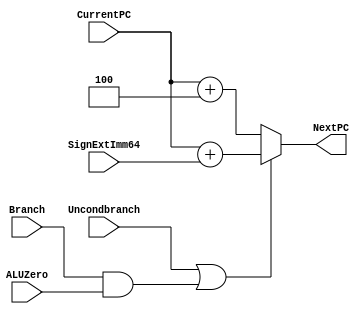
`timescale 1ns / 1ps

module NextPCLogic(NextPC, CurrentPC, SignExtImm64, Branch, ALUZero, Uncondbranch);
	input [63:0] CurrentPC, SignExtImm64;
	input Branch, ALUZero, Uncondbranch;
	output reg [63:0] NextPC;
	
	always @(Branch, ALUZero, Uncondbranch, CurrentPC, SignExtImm64) begin
		#1;
		if(Uncondbranch == 1'b1 || (Branch == 1'b1 && ALUZero == 1'b1)) //this is the mux, if unconditional branch is true or branch is true and ALU zero is true, add the sign extended value to current PC
			NextPC = #2 CurrentPC + (SignExtImm64);
		else //if not, add 4 to the Current PC
			NextPC = #1 CurrentPC + 64'b0000000000000000000000000000000000000000000000000000000000000100;
	end
endmodule